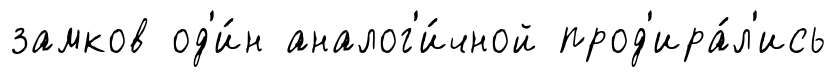
замков од'и́н аналог'и́чной прод'ира́л'ись